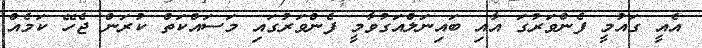
އެއީ ގައުމީ ފެންވަރުގަ އާއި ބައިނަލްއަގުވާމީ ފެންވަރުގައި މަސައްކަތް ކުރަން ޖެހޭ ކަމެއް